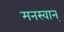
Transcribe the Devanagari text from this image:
मनस्वान्